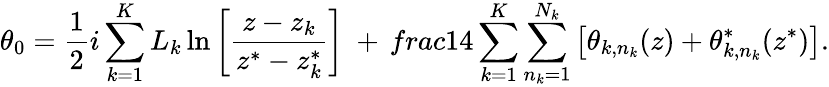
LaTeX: \theta_{0}=\frac{1}{2}i\sum_{k=1}^{K}L_{k}\ln\left[\frac{z-z_{k}}{z^{*}-z_{k}^{*}}\right]\ +\, frac{1}{4}\sum_{k=1}^{K}\sum_{n_{k}=1}^{N_{k}}\left[\theta_{k,n_{k}}(z)+\theta_{k,n_{k}}^{*}(z^{*})\right].